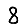
Digit: 8